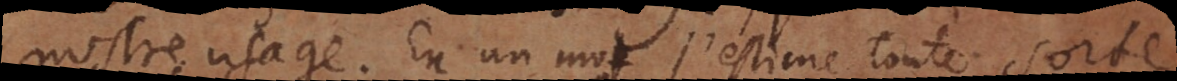
nostre usage. En un mot j’estime toute sorte